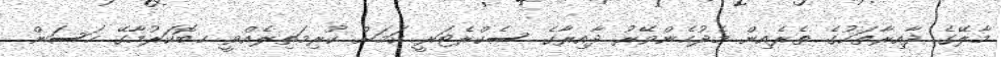
މާލޭގެ ދާއިރާތަކުގެ ތެރެއިން މެދުހެންވޭރު ދާއިރާގެ ސެކްރެޓަރީ ކަމަށް ކުރިމަތިލެއްވީ ހ.ބޮކަރުމާގޭ ހަސަން